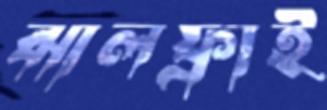
ঝালফ্রাই